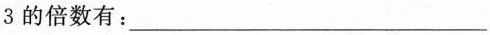
3的倍数有：___